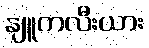
နျူကလီးယား